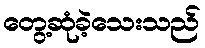
တွေ့ဆုံခဲ့သေးသည်